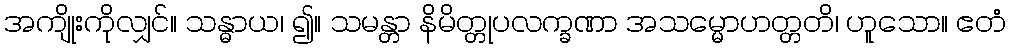
အကျိုးကိုလျှင်။ သန္ဓာယ၊ ၍။ သမန္တာ နိမိတ္တုပလက္ခဏာ အသမ္မောဟတ္တတိ၊ ဟူသော။ ဧတံ